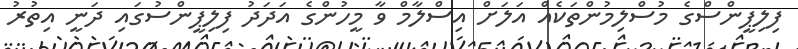
ފިލިޕީންސްގެ މުސްލިމުންތަކެއް އަލަށް އިސްލާމް ވާ މީހުންގެ އަދަދު ފިލިޕީންސުގައި ދަނީ އިތުރު